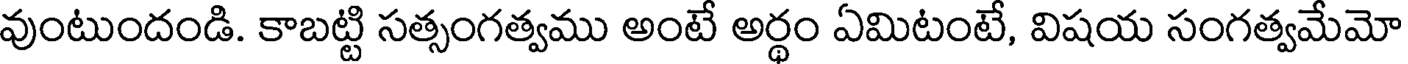
వుంటుందండి. కాబట్టి సత్సంగత్వము అంటే అర్థం ఏమిటంటే, విషయ సంగత్వమేమో